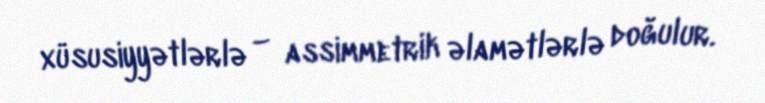
xüsusiyyətlərlə – assimmetrik əlamətlərlə doğulur.